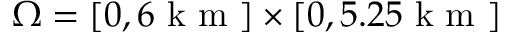
\Omega = [ 0 , 6 \mathrm { ~ k ~ m ~ } ] \times [ 0 , 5 . 2 5 \mathrm { ~ k ~ m ~ } ]